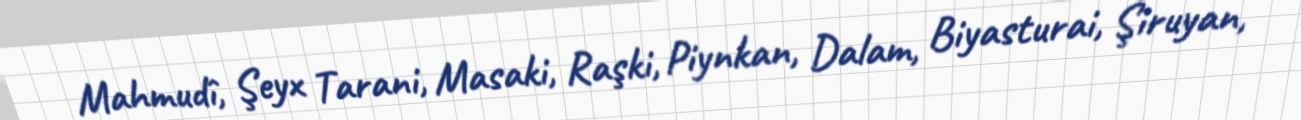
Mahmudî, Şeyx Tarani, Masaki, Raşki, Piynkan, Dalam, Biyasturai, Şiruyan,